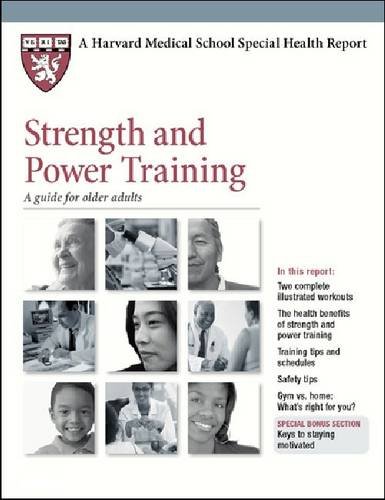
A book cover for Strength and Power Training: A Guide for Older Adults (Harvard Medical School Special Health Reports); Harvard Health Publications; Health, Fitness & Dieting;